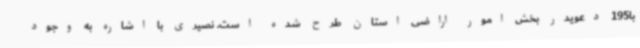
با195 دعویدر بخش امور اراضی استان طرح شده است. نصیری با اشاره به وجود